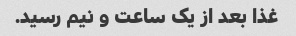
غذا بعد از یک ساعت و نیم رسید.